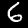
Digit: 6